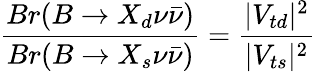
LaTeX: \frac{Br(B\to X_{d}\nu\bar{\nu})}{Br(B\to X_{s}\nu\bar{\nu})}=\frac{|V_{td}|^{2}}{|V_{ts}|^{2}}